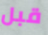
قبل